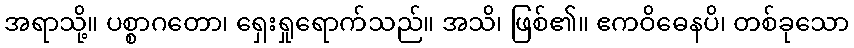
အရာသို့။ ပစ္စာဂတော၊ ရှေးရှုရောက်သည်။ အသိ၊ ဖြစ်၏။ ဧကဝိဓေနပိ၊ တစ်ခုသော